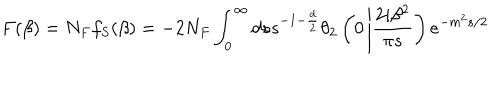
F ( \beta ) = N _ { F } f _ { S } ( \beta ) = - 2 N _ { F } \int _ { 0 } ^ { \infty } d s s ^ { - 1 - \frac { d } { 2 } } \theta _ { 2 } \left( 0 \left| \frac { 2 i \beta ^ { 2 } } { \pi s } \right. \right) e ^ { - m ^ { 2 } s / 2 }